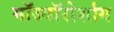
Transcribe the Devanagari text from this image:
मॉज्यॉरोर्शाग